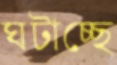
ঘটাচ্ছে